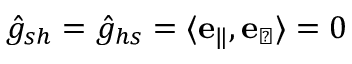
\hat { g } _ { s h } = \hat { g } _ { h s } = \langle \mathbf { e } _ { \| } , \mathbf { e } _ { \perp } \rangle = 0